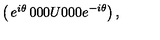
\left( \begin{matrix} { e ^ { i \theta } } & { 0 } & { 0 } \\ { 0 } & { U } & { 0 } \\ { 0 } & { 0 } & { e ^ { - i \theta } } \\ \end{matrix} \right) ,